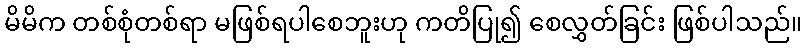
မိမိက တစ်စုံတစ်ရာ မဖြစ်ရပါစေဘူးဟု ကတိပြု၍ စေလွှတ်ခြင်း ဖြစ်ပါသည်။